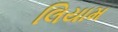
લિયામ